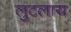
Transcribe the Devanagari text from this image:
लुटलाय